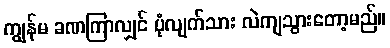
ကျွန်မ ခဏကြာလျှင် ပုံလျက်သား လဲကျသွားတော့မည်။